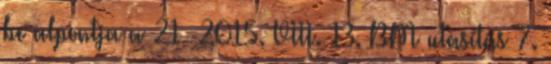
be alpontja a 21 2015. VIII. 13. BM utasítás 7.